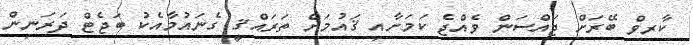
ކާރވް ބޭރަށް ޖައްސަން ވެއްޖެ ކަމަށާއި ޤައުމަށް ތަރައްޤީ ގެނައުމާއެކު ބަޖެޓް ދަރަނިން